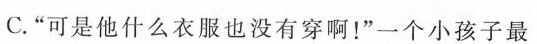
C.“可是他什么衣服也没有穿啊！”一个小孩子最